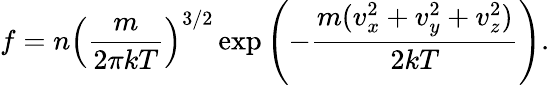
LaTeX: f=n\left({\frac{m}{2\pi kT}}\right)^{3/2}\exp\left({-{\frac{m(v_{x}^{2}+v_{y}^{2}+v_{z}^{2})}{2kT}}}\right).